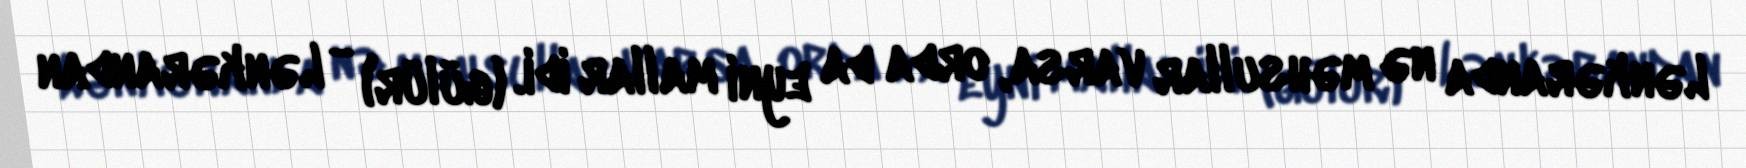
Lənkəranda nə məhsullar varsa, orda da eyni mallar idi. (gülür) - Lənkərandan